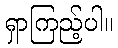
ရှာကြည့်ပါ။